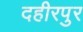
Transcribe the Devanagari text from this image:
दहीरपुर